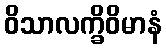
ဝိသာလက္ခိဝိမာနံ